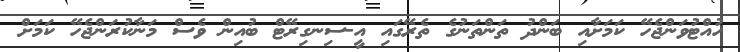
ހުއްޓުވަންޖެހޭ ކަމަށާއި ބަންދު ތަންތަނުގެ ތެރޭގައި އީ-ސިނގިރޭޓް ބުއިން ވެސް މަނާކުރަންޖެހޭ ކަމަށް